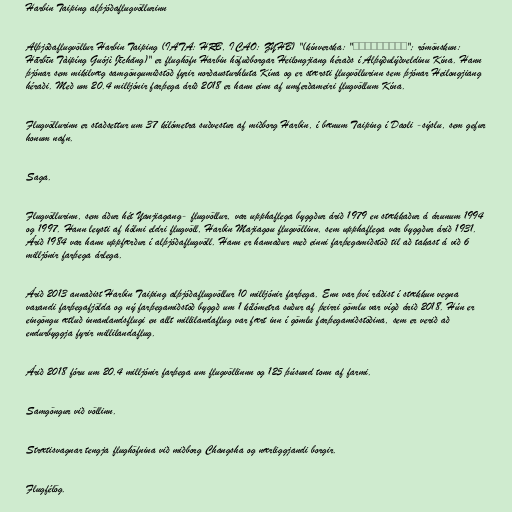
Harbin Taiping alþjóðaflugvöllurinn

Alþjóðaflugvöllur Harbin Taiping (IATA: HRB, ICAO: ZYHB) "(kínverska: "哈尔滨太平国际机场"; rómönskun:
Hārbīn Tàipíng Guójì Jīchǎng)" er flughöfn Harbin höfuðborgar Heilongjiang héraðs í Alþýðulýðveldinu Kína. Hann
þjónar sem mikilvæg samgöngumiðstöð fyrir norðausturhluta Kína og er stærsti flugvöllurinn sem þjónar Heilongjiang
héraði. Með um 20.4 milljónir farþega árið 2018 er hann einn af umferðameiri flugvöllum Kína.

Flugvöllurinn er staðsettur um 37 kílómetra suðvestur af miðborg Harbin, í bænum Taiping í Daoli -sýslu, sem gefur
honum nafn.

Saga.

Flugvöllurinn, sem áður hét Yanjiagang- flugvöllur, var upphaflega byggður árið 1979 en stækkaður á árunum 1994
og 1997. Hann leysti af hólmi eldri flugvöll, Harbin Majiagou flugvöllinn, sem upphaflega var byggður árið 1931.
Árið 1984 var hann uppfærður í alþjóðaflugvöll. Hann er hannaður með einni farþegamiðstöð til að takast á við 6
milljónir farþega árlega.

Árið 2013 annaðist Harbin Taiping alþjóðaflugvöllur 10 milljónir farþega. Enn var því ráðist í stækkun vegna
vaxandi farþegafjölda og ný farþegamiðstöð byggð um 1 kílómetra suður af þeirri gömlu var vígð árið 2018. Hún er
eingöngu ætluð innanlandsflugi en allt millilandaflug var fært inn í gömlu farþegamiðstöðina, sem er verið að
endurbyggja fyrir millilandaflug.

Árið 2018 fóru um 20.4 milljónir farþega um flugvöllinnn og 125 þúsund tonn af farmi.

Samgöngur við völlinn.

Strætisvagnar tengja flughöfnina við miðborg Changsha og nærliggjandi borgir.

Flugfélög.